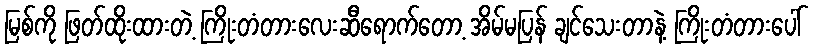
မြစ်ကို ဖြတ်ထိုးထားတဲ့ ကြိုးတံတားလေးဆီရောက်တော့ အိမ်မပြန် ချင်သေးတာနဲ့ ကြိုးတံတားပေါ်